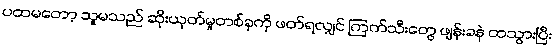
ပထမတော့ သူမသည် ဆိုးယုတ်မှုတစ်ခုကို ဖတ်ရလျှင် ကြက်သီးတွေ ဖျန်းခနဲ ထသွားပြီး